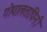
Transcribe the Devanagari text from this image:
गोपालतापिनी